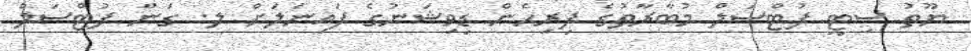
ޔޫތު ސިޓީ ފުޓްސަލް މުބާރާތުގެ ފިރިހެން ޑިވިޝަނުގެ ފައިނަލަށް ލ. ގަން ފުޓްސަލް